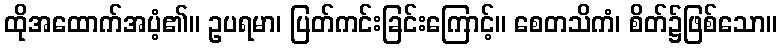
ထိုအထောက်အပံ့၏။ ဥပရမာ၊ ပြတ်ကင်းခြင်းကြောင့်။ စေတသိကံ၊ စိတ်၌ဖြစ်သော။